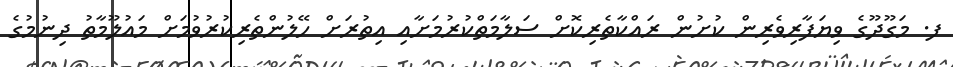
ފ. މަގޫދޫގެ ވިޔަފާރިވެރިން ކުށުން ރައްކާތެރިކޮށް ސަލާމަތްކުރުމަށާއި އިތުރަށް ހޭލުންތެރިކުރުވުމަށް މައުލޫމާތު ދިނުމުގެ